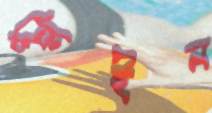
ক্রেইন